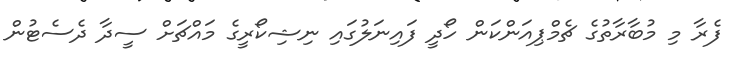
ފެރާ މި މުބާރާތުގެ ޗެމްޕިއަންކަން ހޯދީ ފައިނަލުގައި ނިޝިކޯރީގެ މައްޗަށް ސީދާ ދެސެޓުން